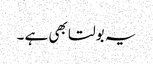
یہ بولتا بھی ہے ۔